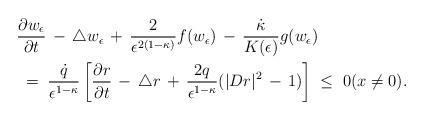
LaTeX: \begin{align*}& \frac{\partial w_\epsilon}{\partial t}\,-\,\triangle w_\epsilon\,+\,\frac 2{\epsilon^{2(1-\kappa)}} f(w_\epsilon)\,-\,\frac {\dot\kappa}{K(\epsilon)} g(w_\epsilon) \\& \;=\;\frac{\dot{q}}{\epsilon^{1-\kappa}}\left[\frac{\partial r}{\partial t}\,-\,\triangle r\,+\,\frac {2q}{\epsilon^{1-\kappa}}(|Dr|^2\,-\,1)\right]\;\le\;0(x\ne 0).\end{align*}